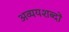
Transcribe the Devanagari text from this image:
अव्ययशब्दों